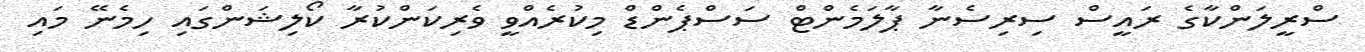
ސްރީލަންކާގެ ރައީސް ސިރިސެނާ ޕާލަމެންޓް ސަސްޕެންޑް މިކުރެއްވީ ވެރިކަންކުރާ ކޯލިޝަންގައި ހިމެނޭ މައި